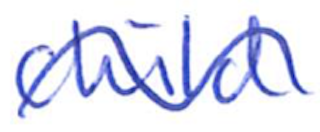
Text: child
Cross-out: mix
Writing tool: ballpoint